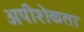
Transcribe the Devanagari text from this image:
अपीशेकता